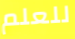
للعلم